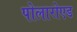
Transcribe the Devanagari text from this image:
पोलारोएड